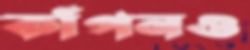
কাঁপনও